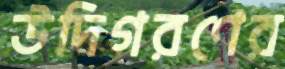
উদিগরণের